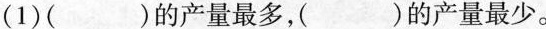
(1)( )的产量最多，( )的产量最少。